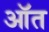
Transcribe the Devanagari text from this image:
ऑत